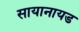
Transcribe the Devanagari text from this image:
सायानायड